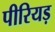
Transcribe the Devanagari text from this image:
पीरियड़